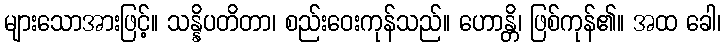
များသောအားဖြင့်။ သန္နိပတိတာ၊ စည်းဝေးကုန်သည်။ ဟောန္တိ၊ ဖြစ်ကုန်၏။ အထ ခေါ၊